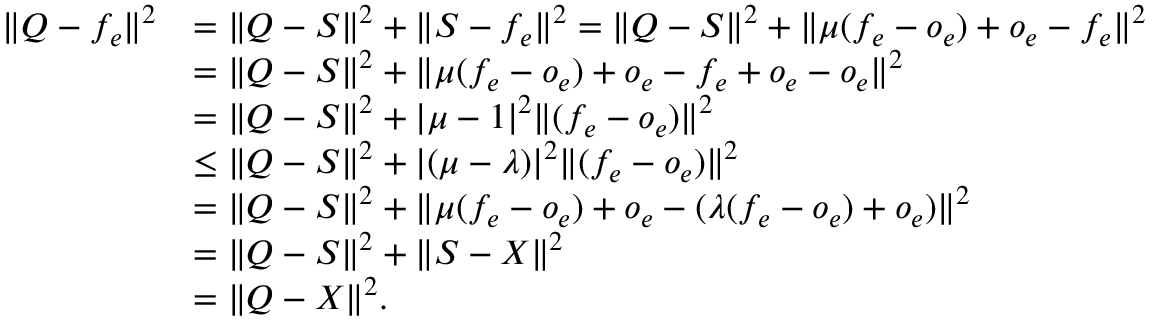
\begin{array} { r l } { \| Q - f _ { e } \| ^ { 2 } } & { = \| Q - S \| ^ { 2 } + \| S - f _ { e } \| ^ { 2 } = \| Q - S \| ^ { 2 } + \| \mu ( f _ { e } - o _ { e } ) + o _ { e } - f _ { e } \| ^ { 2 } } \\ & { = \| Q - S \| ^ { 2 } + \| \mu ( f _ { e } - o _ { e } ) + o _ { e } - f _ { e } + o _ { e } - o _ { e } \| ^ { 2 } } \\ & { = \| Q - S \| ^ { 2 } + | \mu - 1 | ^ { 2 } \| ( f _ { e } - o _ { e } ) \| ^ { 2 } } \\ & { \leq \| Q - S \| ^ { 2 } + | ( \mu - \lambda ) | ^ { 2 } \| ( f _ { e } - o _ { e } ) \| ^ { 2 } } \\ & { = \| Q - S \| ^ { 2 } + \| \mu ( f _ { e } - o _ { e } ) + o _ { e } - ( \lambda ( f _ { e } - o _ { e } ) + o _ { e } ) \| ^ { 2 } } \\ & { = \| Q - S \| ^ { 2 } + \| S - X \| ^ { 2 } } \\ & { = \| Q - X \| ^ { 2 } . } \end{array}